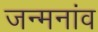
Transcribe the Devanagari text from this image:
जन्मनांव